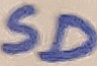
Text: SD